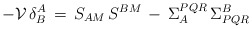
\begin{align*}-{\cal V} \,\delta^{A}_{B} \, = \, S_{AM} \, S^{BM} \, - \,\Sigma_{A}^{PQR} \, \Sigma^{B}_{PQR}\end{align*}